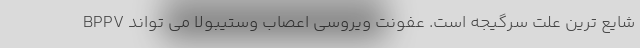
BPPV شایع ترین علت سرگیجه است. عفونت ویروسی اعصاب وستیبولا می تواند